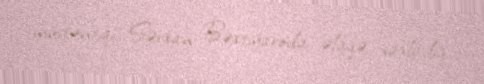
müstəntiqi Sərxan Bəxtiyarovla əlaqə saxladıq.